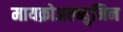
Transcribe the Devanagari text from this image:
मायक्रोअल्ब्युमिन